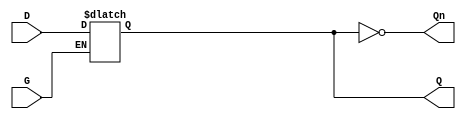
module dual_input_gated_latch (
    input wire D,     // Data Input
    input wire G,     // Gate/Control Input
    output reg Q,     // Output
    output wire Qn    // Inverted Output
);

// Invert Q to get Qn
assign Qn = ~Q;

// Always block triggered by changes in G or D
always @ (G or D) begin
    if (G) begin
        Q <= D;  // When G is high, Q follows D
    end
    // When G is low, Q retains its last value (no action needed)
end

endmodule